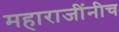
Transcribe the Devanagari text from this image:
महाराजींनीच